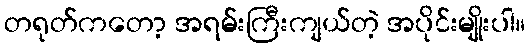
တရုတ်ကတော့ အရမ်းကြီးကျယ်တဲ့ အပိုင်းမျိုးပါ။